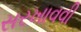
સરખાવવી